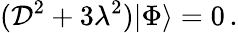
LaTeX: ({\cal D}^{2}+3\lambda^{2})|\Phi\rangle=0\, .